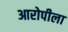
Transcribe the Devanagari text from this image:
आरोपीला